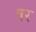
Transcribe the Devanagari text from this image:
षर